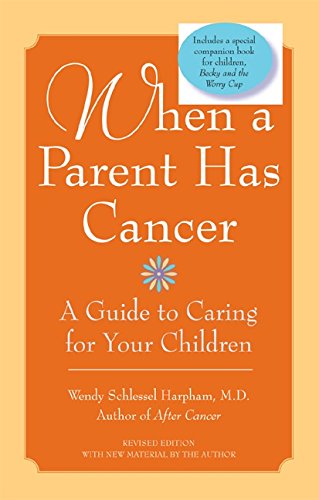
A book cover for When a Parent Has Cancer: A Guide to Caring for Your Children; Wendy S., M.D. Harpham; Health, Fitness & Dieting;